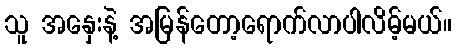
သူ အနှေးနဲ့ အမြန်တော့ရောက်လာပါလိမ့်မယ်။